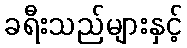
ခရီးသည်များနှင့်